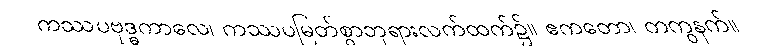
ကဿပဗုဒ္ဓကာလေ၊ ကဿပမြတ်စွာဘုရားလက်ထက်၌။ ဧကတော၊ တကွနက်။